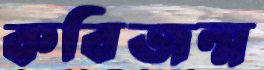
কবিজন্ম